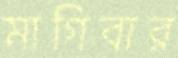
মাগিবার